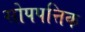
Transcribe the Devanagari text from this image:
सोपपत्तिक